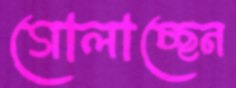
গোলাচ্ছেন